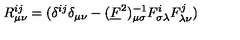
R _ { \mu \nu } ^ { i j } = ( \delta ^ { i j } \delta _ { \mu \nu } - ( \underline { { F } } ^ { 2 } ) _ { \mu \sigma } ^ { - 1 } F _ { \sigma \lambda } ^ { i } F _ { \lambda \nu } ^ { j } )